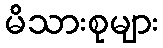
မိသားစုများ